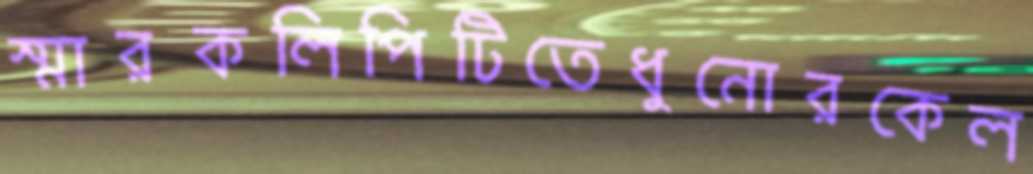
স্মারকলিপিটিতেধুনোরকেল